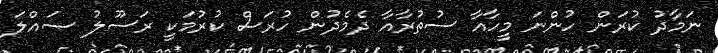
ނަމާދު ކުރަން ހުންނަ މީހާއާ ސުތުރާއާ ދެމެދުން ހުރަސް ކުރުމަކީ ރަސޫލު ޞައްލަ